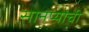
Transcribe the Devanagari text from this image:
सानप्यांची